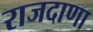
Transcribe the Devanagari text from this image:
राजदाणा